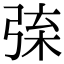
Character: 𢏲